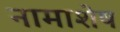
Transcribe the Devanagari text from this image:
नामाशेष